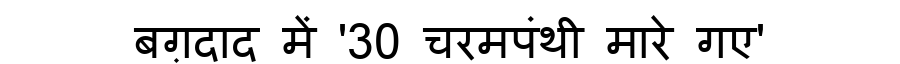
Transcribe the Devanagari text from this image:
बग़दाद में '30 चरमपंथी मारे गए'